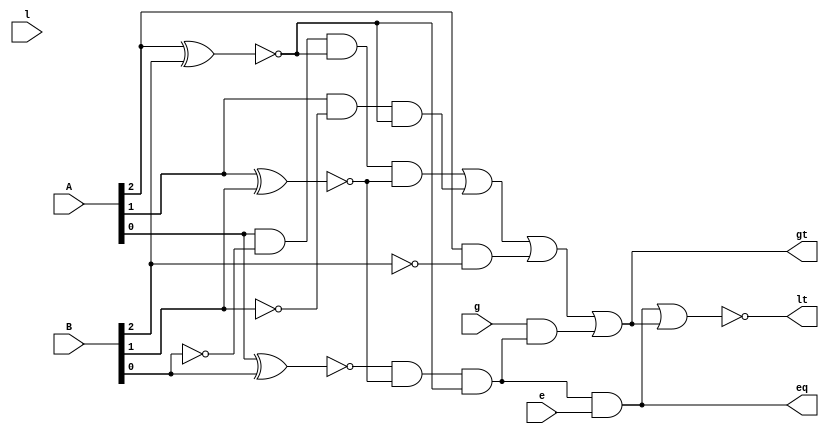
`timescale 1 ns/1 ns

module comparator3 (
	input [2:0] A ,
	input [2:0] B ,
	input l ,
	input e ,
	input g ,
	output lt ,
	output eq ,
	output gt
);

	//EQ

	wire[2:0] xnorOut;
	xnor xnor0(xnorOut[0], A[0], B[0]);
	xnor xnor1(xnorOut[1], A[1], B[1]);
	xnor xnor2(xnorOut[2], A[2], B[2]);
	
	wire eqThisDigit;
	and andOut(eqThisDigit , xnorOut[0], xnorOut[1], xnorOut[2]);
	and andThisDigit(eq, eqThisDigit, e);
	
	//GT
	wire[2:0] GTtransport;
	wire [2:0] notB;
	wire [1:0] xnorTransport;
	
	wire greaterBefore;
	and g1(greaterBefore, g, eqThisDigit);
	//
	not notB2(notB[2], B[2]);
	and firstAnd(GTtransport[2], A[2], notB[2]);
	//
	xnor firstXnor(xnorTransport[1], A[2], B[2]);
	not notB1(notB[1], B[1]);
	and secondAnd(GTtransport[1], A[1], notB[1], xnorTransport[1]);
	//
	xnor secondXnor(xnorTransport[0], A[1], B[1]);
	not notB0(notB[0], B[0]);
	and thirdAnd(GTtransport[0], A[0], notB[0], xnorTransport[1], xnorTransport[0]);
		// the or gate
	or outputGT(gt, GTtransport[0], GTtransport[1], GTtransport[2], greaterBefore);


	//LT
	nor ltOuput(lt, eq, gt);



endmodule